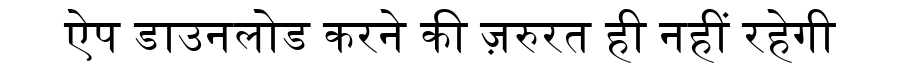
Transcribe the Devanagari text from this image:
ऐप डाउनलोड करने की ज़रुरत ही नहीं रहेगी